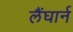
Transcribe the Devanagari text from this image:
लैंघार्न